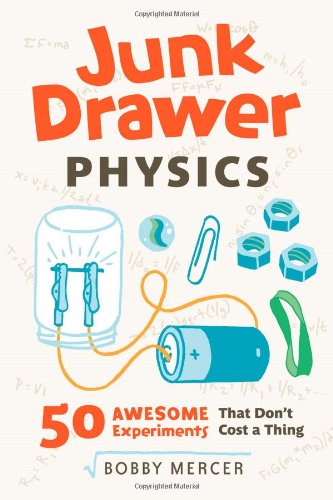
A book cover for Junk Drawer Physics: 50 Awesome Experiments That Don't Cost a Thing; Bobby Mercer; Children's Books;